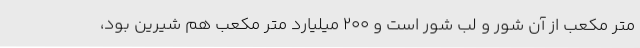
متر مکعب از آن شور و لب شور است و 200 میلیارد متر مکعب هم شیرین بود،